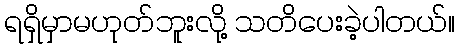
ရရှိမှာမဟုတ်ဘူးလို့ သတိပေးခဲ့ပါတယ်။